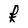
Character: f